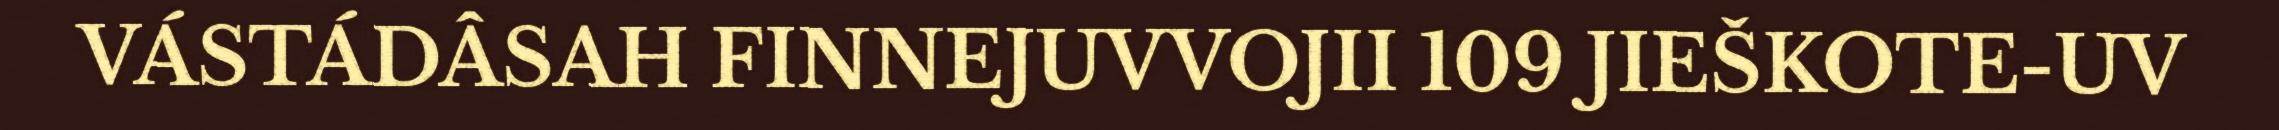
VÁSTÁDÂSAH FINNEJUVVOJII 109 JIEŠKOTE-UV